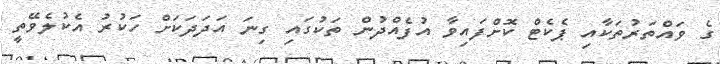
ގެ ވައްތަރުތަކާއި ޕެކެޓް ކޮށްފައިވާ އުފެއްދުން ތަކުގައި ގިނަ އަދަދަކަށް ހަކުރު އެކުލެވޭތީ